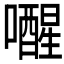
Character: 𫬞